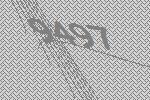
9497